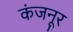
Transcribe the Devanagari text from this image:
कंजनूर